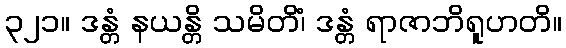
၃၂၁။ ဒန္တံ နယန္တိ သမိတိံ၊ ဒန္တံ ရာဇာဘိရူဟတိ။